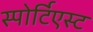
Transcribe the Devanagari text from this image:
स्पोर्टिएस्ट